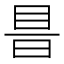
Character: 𥅏